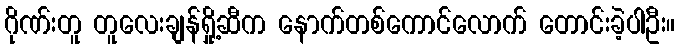
ဂိုဏ်းတူ တူလေးချန်ရှို့ဆီက နောက်တစ်ကောင်လောက် တောင်းခဲ့ပါဦး။